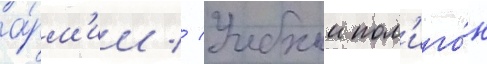
а́рм'ии // Учебныи пол'иго́н